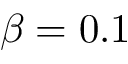
\beta = 0 . 1